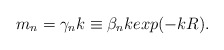
\begin{align*} m_n = \gamma_n k \equiv \beta_n k exp(-kR).\end{align*}